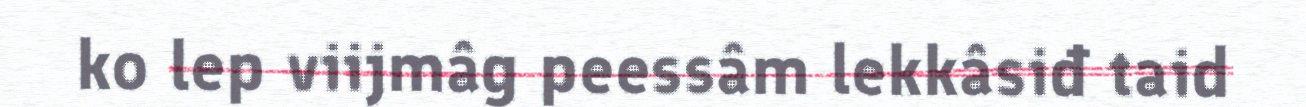
ko lep viijmâg peessâm lekkâsiđ taid